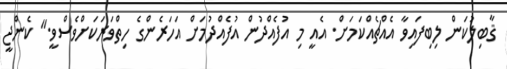
ޤާބިލުކަން ލިބިފައިވާ އެއްޗެއްކަމަށް. އެއީ މި އުފެއްދުން އުފެއްދުމަށް އަހަރެންގެ ހިތްވަރަކަށްވެސްވީ." ކެންޖީ